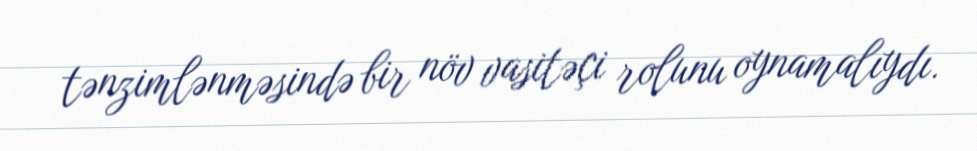
tənzimlənməsində bir növ vasitəçi rolunu oynamalıydı.